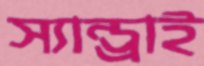
স্যান্ড্রাই